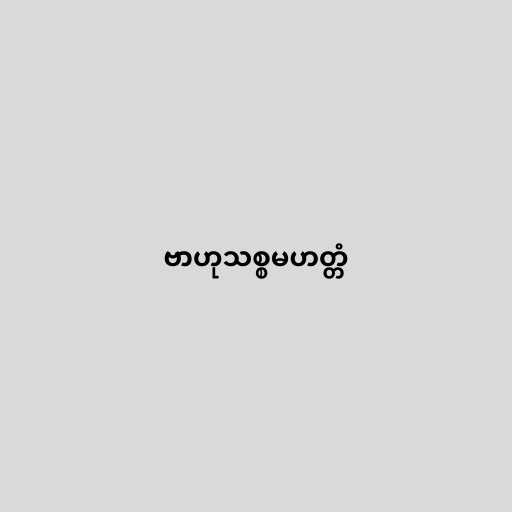
ဗာဟုသစ္စမဟတ္တံ